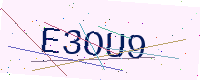
Text: E3OU9